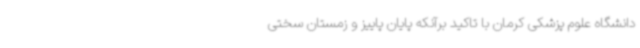
دانشگاه علوم پزشکی کرمان با تاکید برآنکه پایان پاییز و زمستان سختی